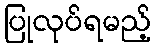
ပြုလုပ်ရမည့်